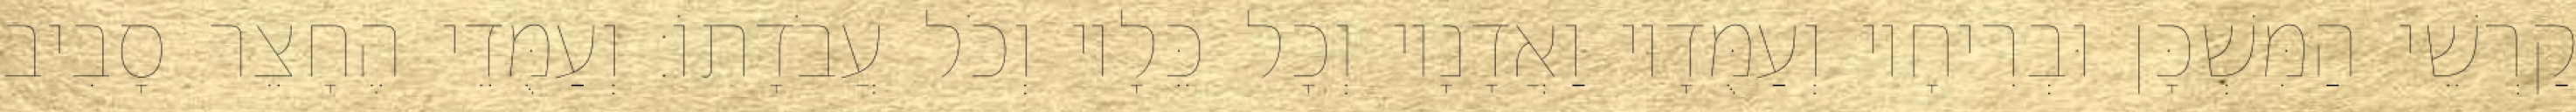
קַרְשֵׁי הַמִּשְׁכָּן וּבְרִיחָיו וְעַמֻּדָיו וַאֲדָנָיו וְכָל כֵּלָיו וְכֹל עֲבֹדָתוֹ׃ וְעַמֻּדֵי הֶחָצֵר סָבִיב